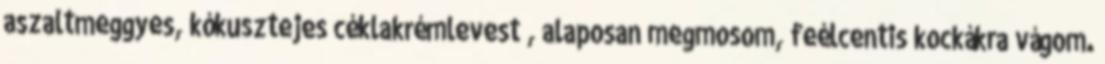
aszaltmeggyes, kókusztejes céklakrémlevest , alaposan megmosom, feélcentis kockákra vágom.